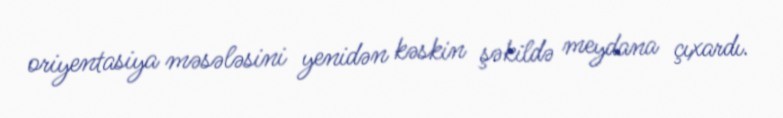
oriyentasiya məsələsini yenidən kəskin şəkildə meydana çıxardı.